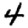
Digit: 4